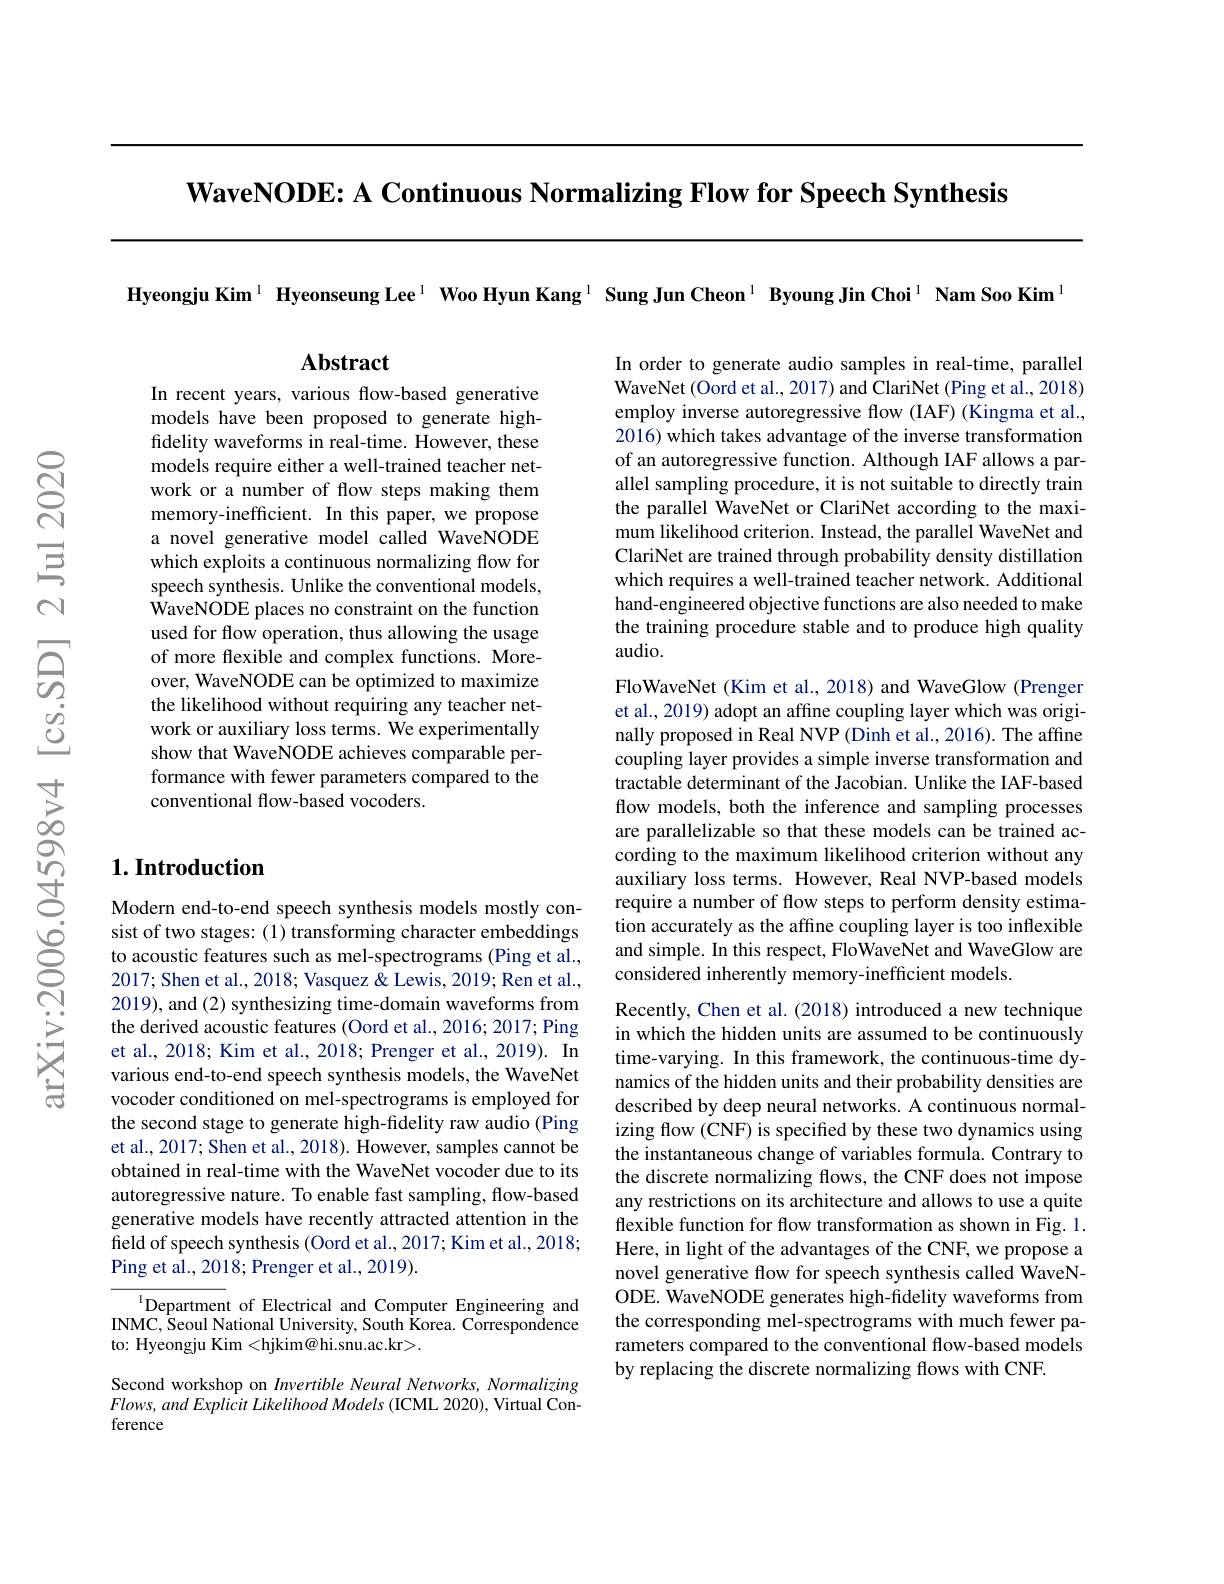
$\textbf{WaveNODE: A Continuous Normalizing Flow for Speech Synthesis}$

Hyeongju Kim$^{1}\textbf{ Hyeonseung Lee}^{1}\textbf{ Woo Hyun Kang}^{1}$ Sung Jun Cheon$^1\textbf{ Byoung Jin Choi}^{1}\textbf{ Nam Soo Kim}^{1}$

$\mathbf{Abstract}$

In recent years, various flow-based generative models have been proposed to generate highfidelity waveforms in real-time. However, these models require either a well-trained teacher network or a number of flow steps making them memory-inefficient. In this paper, we propose a novel generative model called WaveNODE which exploits a continuous normalizing flow for speech synthesis. Unlike the conventional models, WaveNODE places no constraint on the function used for flow operation, thus allowing the usage of more flexible and complex functions. Moreover, WaveNODE can be optimized to maximize the likelihood without requiring any teacher network or auxiliary loss terms. We experimentally show that WaveNODE achieves comparable performance with fewer parameters compared to the conventional flow-based vocoders.

## $1. \textbf{Introduction}$

Modern end-to-end speech synthesis models mostly consist of two stages: (1) transforming character embeddings to acoustic features such as mel-spectrograms (Ping et al., 2017; Shen et al., 2018; Vasquez & Lewis, 2019; Ren et al., 2019), and (2) synthesizing time-domain waveforms from the derived acoustic features (Oord et al., 2016; 2017; Ping et al., 2018; Kim et al., 2018; Prenger et al., 2019). In various end-to-end speech synthesis models, the WaveNet vocoder conditioned on mel-spectrograms is employed for the second stage to generate high-fidelity raw audio (Ping et al., 2017; Shen et al., 2018). However, samples cannot be obtained in real-time with the WaveNet vocoder due to its autoregressive nature. To enable fast sampling, flow-based generative models have recently attracted attention in the field of speech synthesis (Oord et al., 2017; Kim et al., 2018; Ping et al., 2018; Prenger et al., 2019).

$^{1}$Department of Electrical and Computer Engineering and INMC, Seoul National University, South Korea. Correspondence to: Hyeongju Kim <hjkim@hi.snu.ac.kr>.

Second workshop on Invertible Neural Networks, Normalizing $Flows,andExplicit$ Likelihood Models (ICML 2020), Virtual Conference

In order to generate audio samples in real-time, parallel WaveNet (Oord et al., 2017) and ClariNet (Ping et al., 2018) employ inverse autoregressive flow (IAF) (Kingma et al., 2016) which takes advantage of the inverse transformation of an autoregressive function. Although IAF allows a parallel sampling procedure, it is not suitable to directly train the parallel WaveNet or ClariNet according to the maximum likelihood criterion. Instead, the parallel WaveNet and ClariNet are trained through probability density distillation which requires a well-trained teacher network. Additional hand-engineered objective functions are also needed to make the training procedure stable and to produce high quality audio.

FloWaveNet (Kim et al., 2018) and WaveGlow (Prenger et al., 2019) adopt an affine coupling layer which was originally proposed in Real NVP (Dinh et al., 2016). The affine coupling layer provides a simple inverse transformation and tractable determinant of the Jacobian. Unlike the IAF-based flow models, both the inference and sampling processes are parallelizable so that these models can be trained according to the maximum likelihood criterion without any auxiliary loss terms. However, Real NVP-based models require a number of flow steps to perform density estimation accurately as the affine coupling layer is too inflexible and simple. In this respect, FloWaveNet and WaveGlow are considered inherently memory-inefficient models.

Recently, Chen et al. (2018) introduced a new technique in which the hidden units are assumed to be continuously time-varying. In this framework, the continuous-time dynamics of the hidden units and their probability densities are described by deep neural networks. A continuous normalizing flow (CNF) is specified by these two dynamics using the instantaneous change of variables formula. Contrary to the discrete normalizing flows, the CNF does not impose any restrictions on its architecture and allows to use a quite flexible function for flow transformation as shown in Fig. 1. Here, in light of the advantages of the CNF, we propose a novel generative flow for speech synthesis called WaveNODE. WaveNODE generates high-fidelity waveforms from the corresponding mel-spectrograms with much fewer pa-

rameters compared to the conventional flow-based models
by replacing the discrete normalizing flows with CNF.